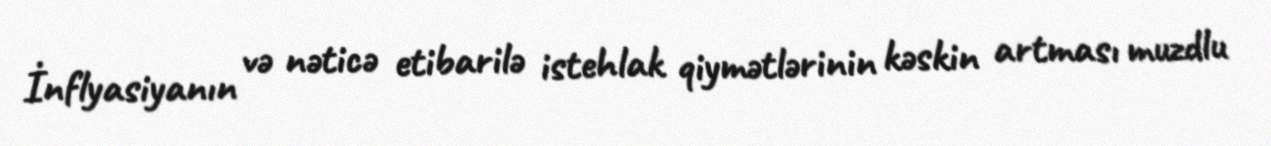
İnflyasiyanın və nəticə etibarilə istehlak qiymətlərinin kəskin artması muzdlu